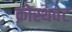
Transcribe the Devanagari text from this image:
क्रोस्थवेट